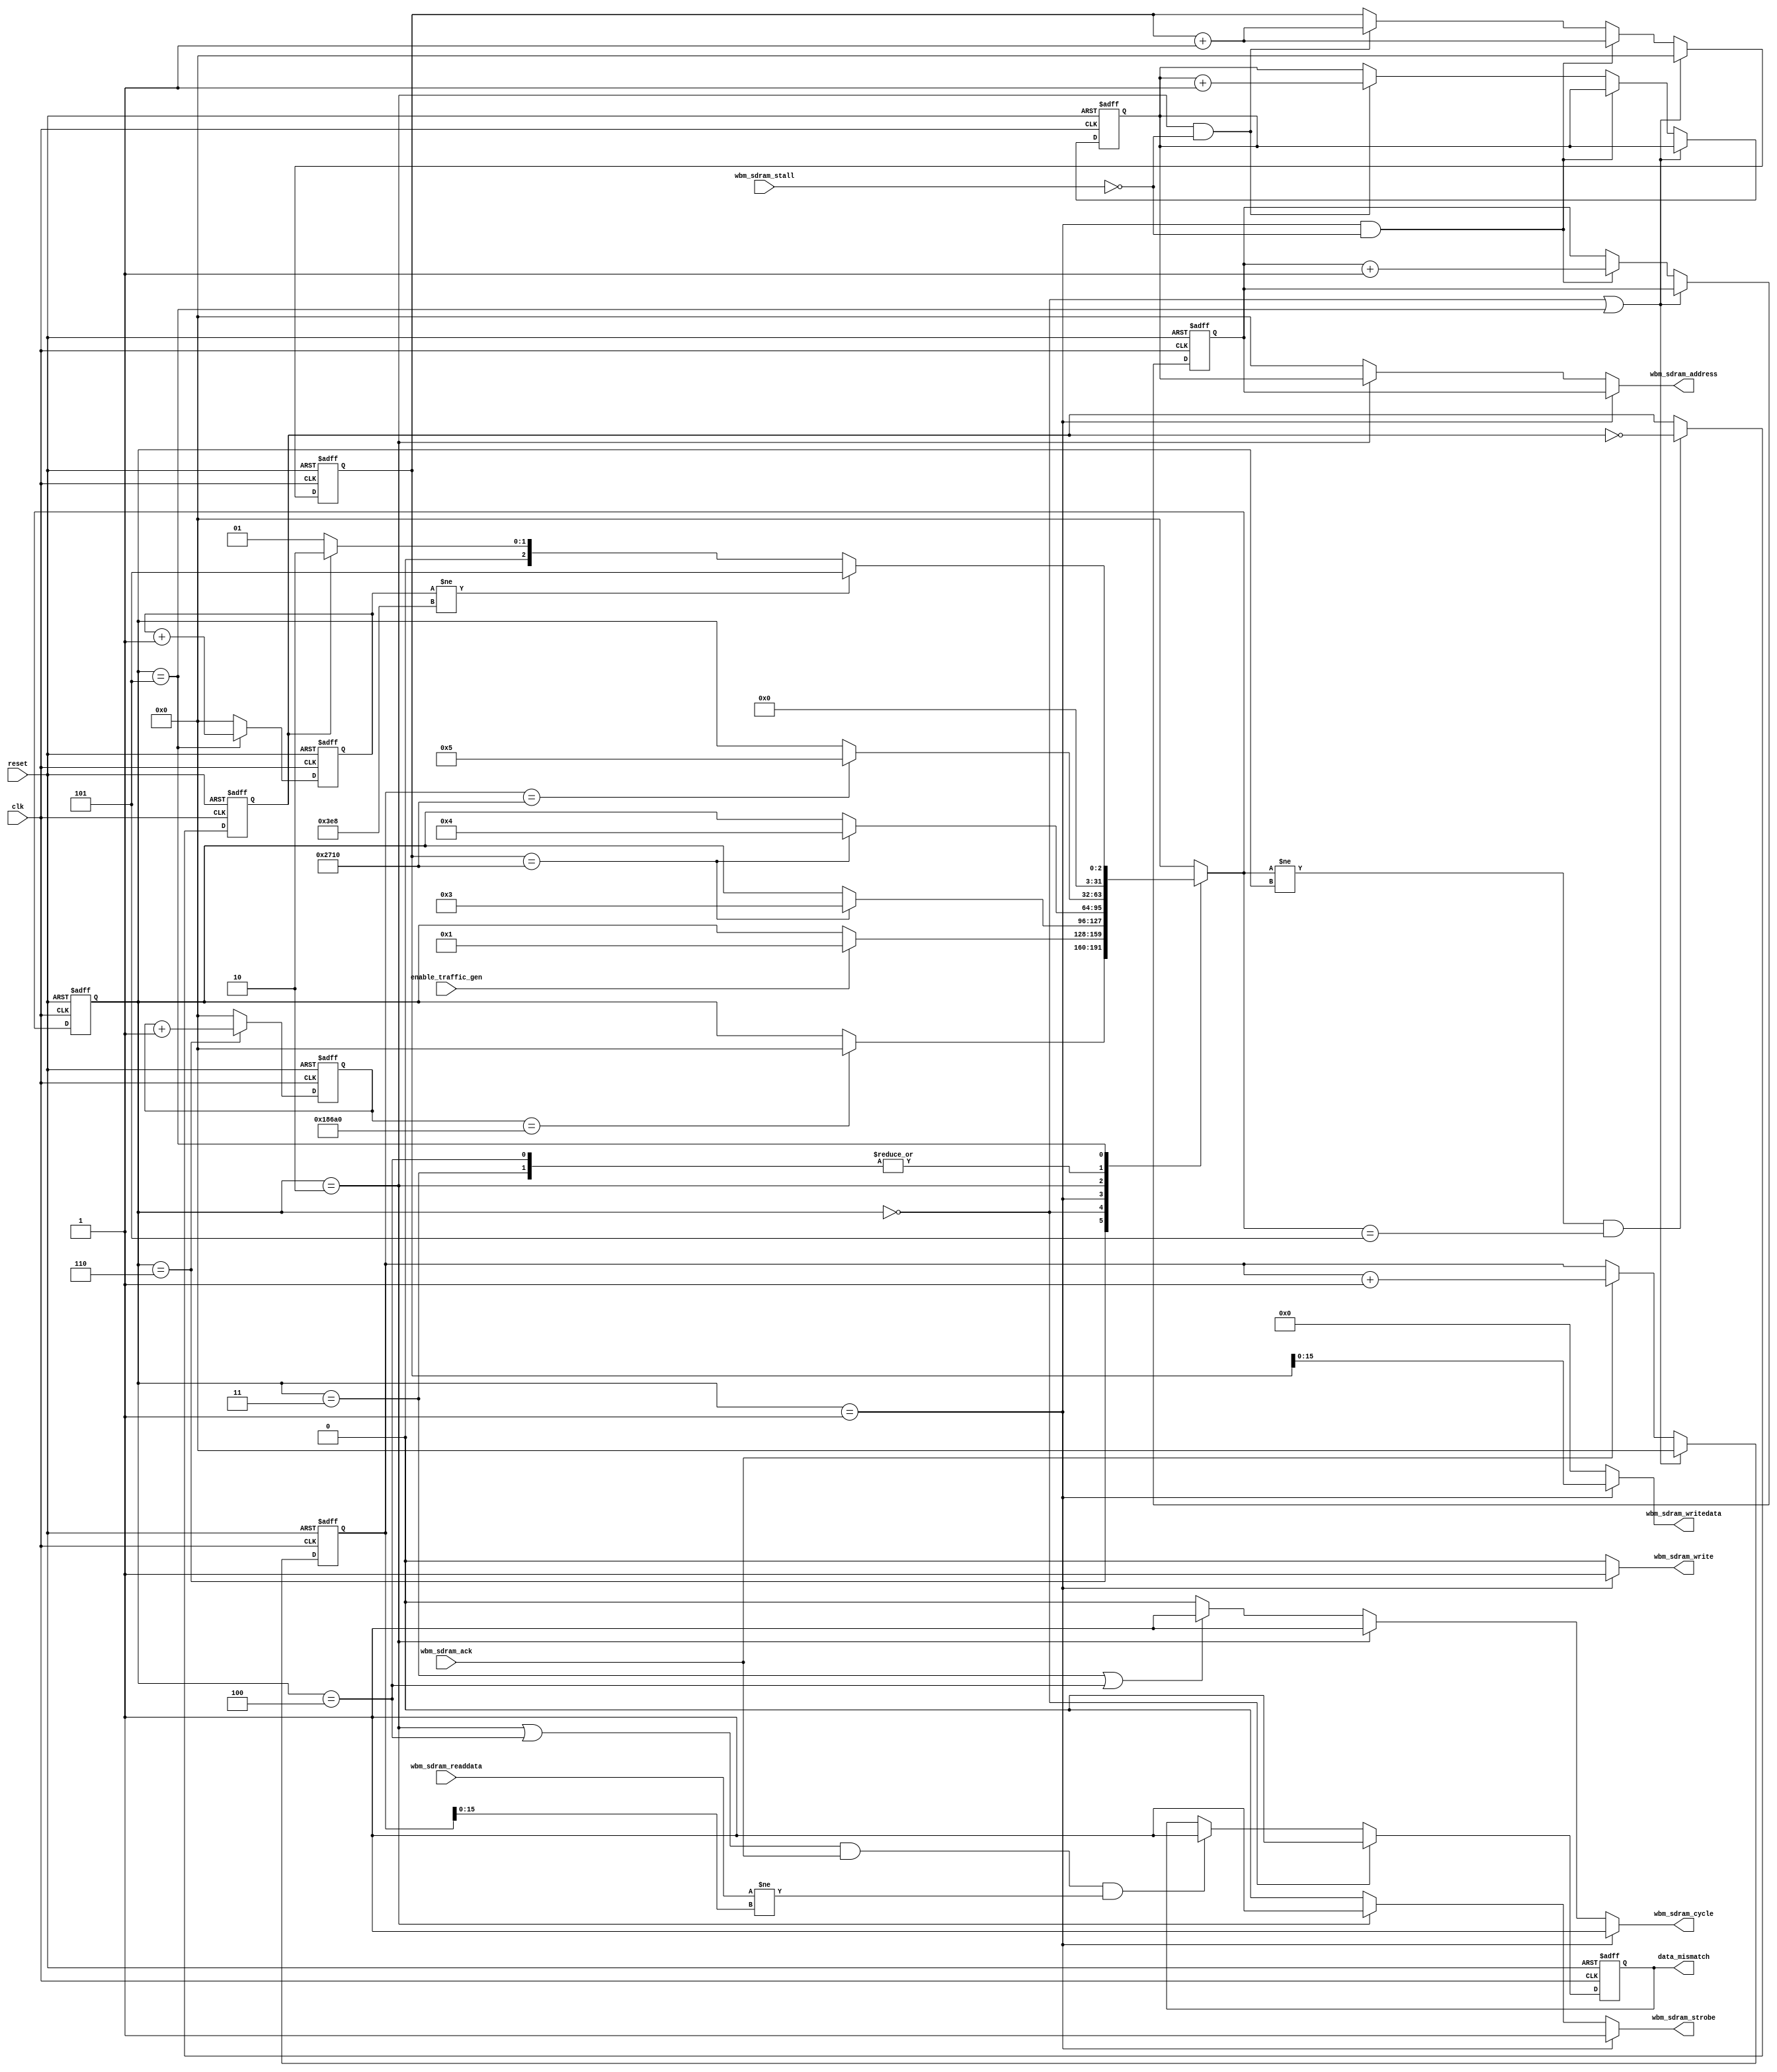
module wbm_traffic_gen
(
    input                     clk,
    input                     reset,

    input                     enable_traffic_gen,
    output reg                data_mismatch,

    // WISHBONE SLAVE INTERFACE FOR SDRAM ACCESS
    output reg [31:0]         wbm_sdram_address   ,
    output reg [15:0]         wbm_sdram_writedata ,
    input      [15:0]         wbm_sdram_readdata  ,
    output reg                wbm_sdram_strobe    ,
    output reg                wbm_sdram_cycle     ,
    output reg                wbm_sdram_write     ,
    input                     wbm_sdram_ack       ,
    input                     wbm_sdram_stall     
    //input                   wbm_sdram_err       , // TBI
);

    localparam INIT_WAIT = 1_000_00; // 1ms //150_00; // 150us
    //localparam INIT_WAIT = 150_00; // 150us
    localparam CMDS_N    = 10000;
    localparam WAIT_N    = 1000;


    localparam ST_IDLE         = 'h0;
    localparam ST_SEND_WR      = 'h1;
    localparam ST_SEND_RD      = 'h2;
    localparam ST_WAIT_WR_ACKS = 'h3;
    localparam ST_WAIT_RD_ACKS = 'h4;
    localparam ST_WAIT         = 'h5;
    localparam ST_INIT_WAIT    = 'h6;

    reg [31:0] state;
    reg [31:0] next_state;
    always @(posedge clk or posedge reset) begin
        if (reset) state <= ST_INIT_WAIT;
        else       state <= next_state;
    end

    always @(*) begin
        next_state = state;
        case (state)
            ST_INIT_WAIT: begin
                if (init_wait_cnt == INIT_WAIT) next_state = ST_IDLE;
            end
            ST_IDLE: begin
                if (enable_traffic_gen) next_state = ST_SEND_WR;
            end
            ST_SEND_WR: begin
                if (sent_num == CMDS_N) next_state = ST_WAIT_WR_ACKS;
            end
            ST_SEND_RD: begin
                if (sent_num == CMDS_N) next_state = ST_WAIT_RD_ACKS;
            end
            ST_WAIT_WR_ACKS: begin
                if (ack_num == CMDS_N) next_state = ST_WAIT;
            end
            ST_WAIT_RD_ACKS: begin
                if (ack_num == CMDS_N) next_state = ST_WAIT;
            end
            ST_WAIT: begin
                next_state = (wait_cnt != WAIT_N) ? ST_WAIT    :
                              next_cmd_rd         ? ST_SEND_RD :
                                                    ST_SEND_WR ;
            end
            default: begin
                next_state = ST_IDLE;
            end
        endcase
    end


    reg [31:0] init_wait_cnt;
    always @(posedge clk or posedge reset) begin
        if (reset) begin
            init_wait_cnt <= 0;
        end else if (state == ST_INIT_WAIT) begin
            init_wait_cnt <= init_wait_cnt + 1;
        end else begin
            init_wait_cnt <= 0;
        end
    end


    reg [31:0] wait_cnt;
    always @(posedge clk or posedge reset) begin
        if (reset) begin
            wait_cnt <= 0;
        end else if (state == ST_WAIT) begin
            wait_cnt <= wait_cnt + 1;
        end else begin
            wait_cnt <= 0;
        end
    end

    reg next_cmd_rd;
    always @(posedge clk or posedge reset) begin
        if (reset) begin
            next_cmd_rd <= 0;
        end else if (next_state != state && next_state == ST_WAIT) begin
            next_cmd_rd <= ~next_cmd_rd;
        end
    end

    reg [31:0] wr_addr;
    reg [31:0] rd_addr;
    reg [31:0] sent_num;
    always @(posedge clk or posedge reset) begin
        if (reset) begin
            wr_addr  <= 0;
            rd_addr  <= 0;
            sent_num <= 0;
        end else if (state == ST_IDLE || state == ST_WAIT) begin
            sent_num <= 0;
        end else if (state == ST_SEND_WR && !wbm_sdram_stall) begin
            wr_addr  <= wr_addr+1;
            sent_num <= sent_num + 1;
        end else if (state == ST_SEND_RD && !wbm_sdram_stall) begin
            rd_addr  <= rd_addr+1;
            sent_num <= sent_num + 1;
        end
    end

    reg [31:0] ack_num;
    always @(posedge clk or posedge reset) begin
        if (reset) begin
            ack_num <= 0;
        end else if (state == ST_IDLE || state == ST_WAIT) begin
            ack_num <= 0;
        end else if (wbm_sdram_ack) begin
            ack_num <= ack_num + 1;
        end
    end

    always @(posedge clk or posedge reset) begin
        if (reset) begin
            data_mismatch <= 1'b0;
        end
        else if (state == ST_IDLE) begin
            data_mismatch <= 1'b0;
        end
        else if ((state == ST_SEND_RD || state == ST_WAIT_RD_ACKS) &&
                 wbm_sdram_ack &&
                 wbm_sdram_readdata != ack_num[15:0]) begin
            data_mismatch <= 1'b1;
        end
    end 

    always @(*) begin
        wbm_sdram_address   <= 'h0;
        wbm_sdram_writedata <= 'h0;
        wbm_sdram_strobe    <= 'h0;
        wbm_sdram_cycle     <= 'h0;
        wbm_sdram_write     <= 'h0;

        if (state == ST_SEND_WR) begin
            wbm_sdram_address   <= wr_addr;
            wbm_sdram_writedata <= sent_num[15:0];
            wbm_sdram_strobe    <= 1'b1;
            wbm_sdram_cycle     <= 1'b1;
            wbm_sdram_write     <= 1'b1;
        end
        else if (state == ST_SEND_RD) begin
            wbm_sdram_address   <= rd_addr;
            wbm_sdram_strobe    <= 1'b1;
            wbm_sdram_cycle     <= 1'b1;
            wbm_sdram_write     <= 1'b0;
        end
        else if (state == ST_WAIT_WR_ACKS || state == ST_WAIT_RD_ACKS) begin
            wbm_sdram_cycle     <= 1'b1;
        end
    end 
endmodule